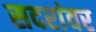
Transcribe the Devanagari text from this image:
सदरांवर